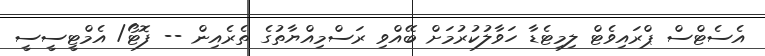
އެސެޓްސް ޕްރައިވެޓް ލިމިޓެޑާ ހަވާލުކުރުމަށް ބޭއްވި ރަސްމިއްޔާތުގެ ތެރެއިން -- ފޮޓޯ/ އެމްޓީސީސީ